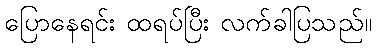
ပြောနေရင်း ထရပ်ပြီး လက်ခါပြသည်။